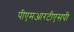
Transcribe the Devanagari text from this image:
पीएमआरटीएसपी